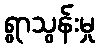
ရွာသွန်းမှု